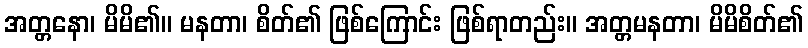
အတ္တနော၊ မိမိ၏။ မနတာ၊ စိတ်၏ ဖြစ်ကြောင်း ဖြစ်ရာတည်း။ အတ္တမနတာ၊ မိမိစိတ်၏